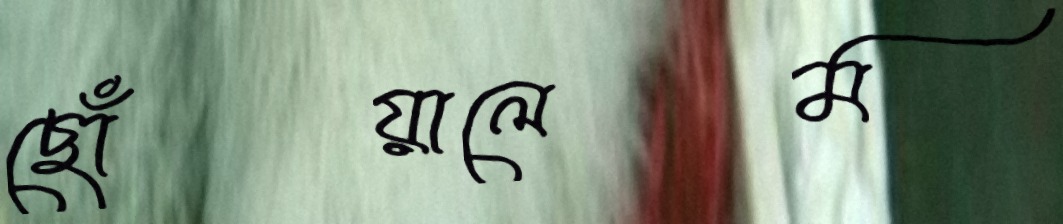
ছোঁয়ালেম